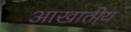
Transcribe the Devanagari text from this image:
आखातीय